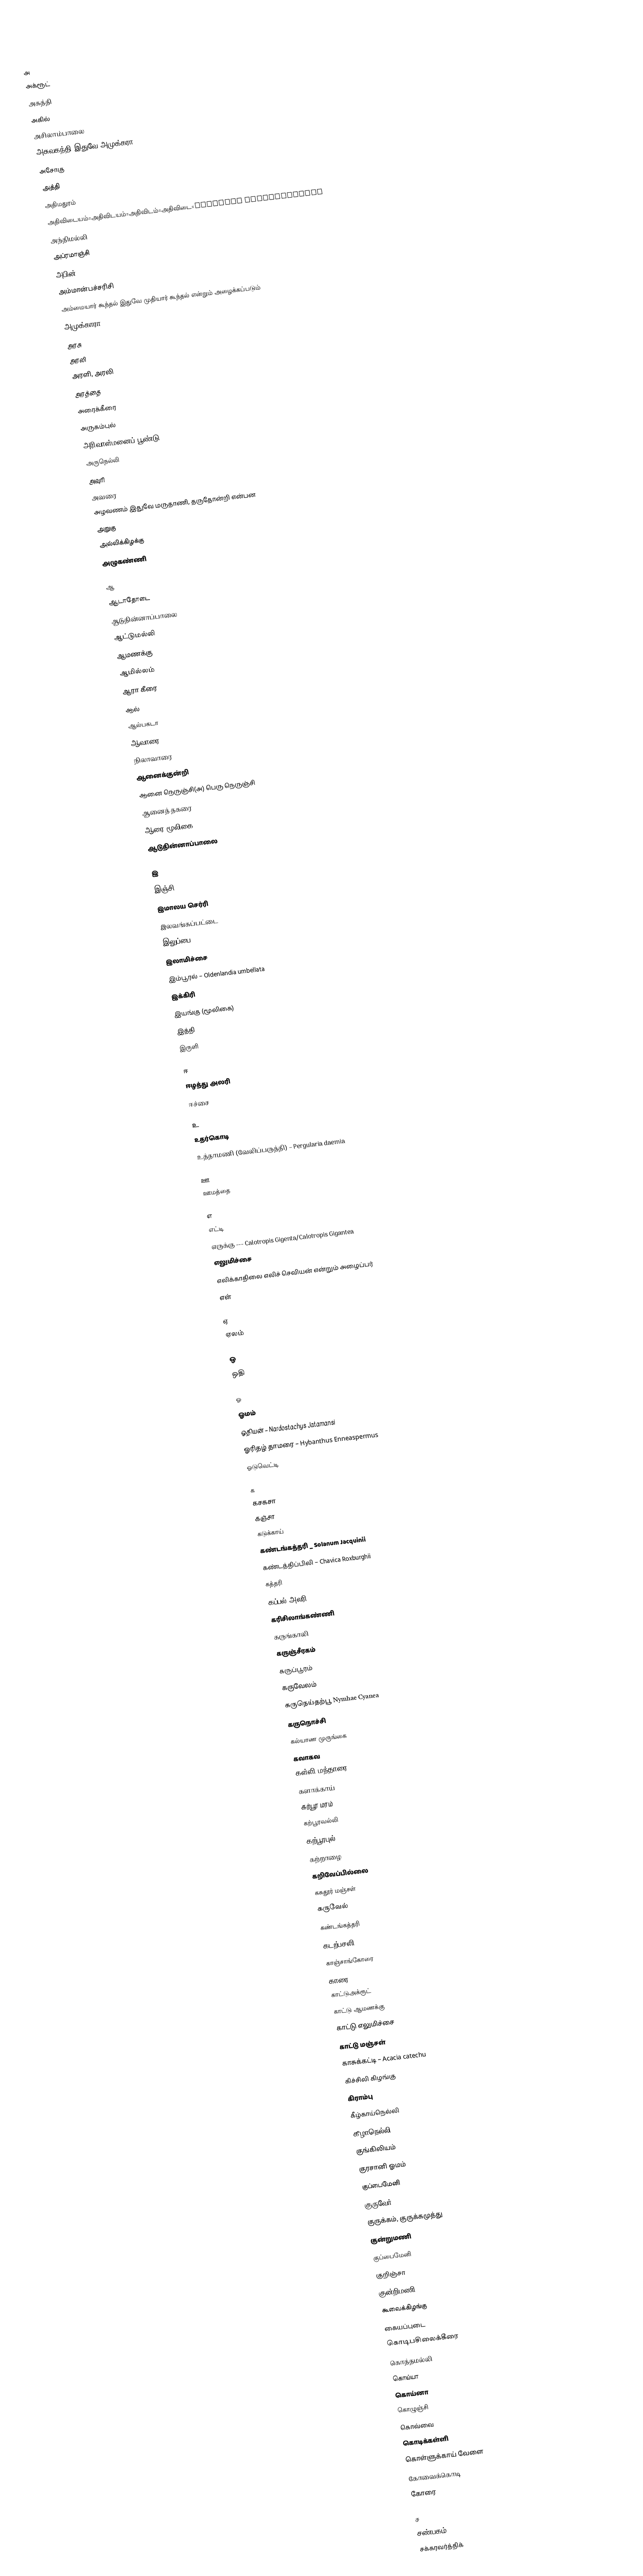

அ
 அக்ரூட்
 அகத்தி
 அகில்
 அசிலாம்பாலை
 அசுவகந்தி இதுவே அமுக்கரா
 அசோகு
 அத்தி
 அதிமதுரம்
 அதிவிடையம்=அதிவிடயம்=அதிவிடம்=அதிவிடை=Aconitum heterophyllum
 அந்திமல்லி
 அப்ரமாஞ்சி
 அபின்
 அம்மான்பச்சரிசி
 அம்மையார் கூந்தல் இதுவே முதியார் கூந்தல் என்றும் அழைக்கப்படும்
 அமுக்காரா
 அரசு
 அரலி
 அரளி, அரலி
 அரத்தை
 அரைக்கீரை
 அருகம்புல்
 அரிவாள்மனைப் பூண்டு – Sida acuta
 அருநெல்லி
 அவுரி
 அவரை
 அழவணம் இதுவே மருதாணி, தருதோன்றி என்பன
 அறுகு
 அல்லிக்கிழக்கு
 அழுகண்ணி

ஆ
 ஆடாதோடை
 ஆடுதின்னாப்பாலை
 ஆட்டுமல்லி
 ஆமணக்கு
 ஆமில்லம்
 ஆரா கீரை
 ஆல்
 ஆல்பகடா
 ஆவாரை – Cassia Auriculata
 நிலாவாரை
 ஆனைக்குன்றி
 ஆனை நெருஞ்சி(அ) பெரு நெருஞ்சி
 ஆனைத் தகரை
 ஆரை மூலிகை – Marselia quadrifida
 ஆடுதின்னாப்பாலை

இ
 இஞ்சி
 இமாலய செர்ரி
 இலவங்கப்பட்டை
 இலுப்பை
 இலாமிச்சை
 இம்பூரல் – Oldenlandia umbellata
 இக்கிரி
 இயங்கு (மூலிகை)
 இத்தி
 இருளி

ஈ
 ஈழத்து அலரி
 ஈச்சை

உ
 உதர்கொடி
 உத்தாமணி (வேலிப்பருத்தி) – Pergularia daemia

ஊ
 ஊமத்தை

எ
 எட்டி
 எருக்கு --- Calotropis Gigenta/Calotropis Gigantea
 எலுமிச்சை
 எலிக்காதிலை எலிச் செவியன் என்றும் அழைப்பர்
 எள்

ஏ
 ஏலம்

ஒ
 ஒதி

ஓ
 ஓமம்
 ஓதியன் – Nardostachys Jatamansi
 ஓரிதழ் தாமரை – Hybanthus Enneaspermus
 ஓடுவெட்டி

க
 கசகசா
 கஞ்சா
 கடுக்காய்
 கண்டங்கத்தரி _ Solanum Jacquinii
 கண்டத்திப்பிலி – Chavica Roxburghii
 கத்தரி
 கப்பல் அலரி
 கரிசிலாங்கண்ணி
 கருங்காலி
 கருஞ்சீரகம்
 கருப்பூரம்
 கருவேலம்
 கருநெய்தற்பூ  Nymhae Cyanea
 கருநொச்சி
 கல்யாண முருங்கை
 கவாகவ
 கள்ளி மந்தாரை
 களாக்காய்
 கற்பூர மரம்
 கற்பூரவல்லி
 கற்பூரபுல்
 கற்றாழை
 கறிவேப்பில்லை
 கசுதூர் மஞ்சள்
 கருவேல்
 கண்டங்கத்தரி
 கடற்பசளி
 காஞ்சாங்கோரை
 காரை
 காட்டுஅக்ரூட்
 காட்டு ஆமணக்கு
 காட்டு எலுமிச்சை
 காட்டு மஞ்சள்
 காசுக்கட்டி – Acacia catechu
 கிச்சிலி கிழங்கு
 கிராம்பு
 கீழ்காய்நெல்லி
 கீழாநெல்லி
 குங்கிலியம்
 குரசானி ஓமம்
 குப்பைமேனி
 குருவேர்
 குருக்கம், குருக்கமுத்து
 குன்றுமணி
 குப்பைமேனி
 குறிஞ்சா
 குன்றிமணி
 கூவைக்கிழங்கு
 கையப்புடை
 கொடிபசிலைக்கீரை
 கொத்தமல்லி
 கொய்யா
 கொய்னா
 கொழுஞ்சி
 கொவ்வை
 கொடிக்கள்ளி
 கொள்ளுக்காய் வேளை
 கோவைக்கொடி
 கோரை

ச
 சண்பகம்
 சக்கரவர்த்திக்